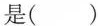
是( )